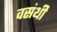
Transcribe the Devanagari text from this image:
वसंथी